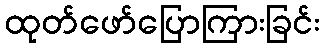
ထုတ်ဖော်ပြောကြားခြင်း